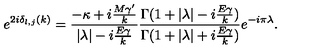
e ^ { 2 i \delta _ { l , j } ( k ) } = { \frac { - \kappa + i { \frac { M { \gamma } ^ { \prime } } { k } } } { | \lambda | - i { \frac { E \gamma } { k } } } } { \frac { \Gamma ( 1 + | \lambda | - i { \frac { E \gamma } { k } } ) } { \Gamma ( 1 + | \lambda | + i { \frac { E \gamma } { k } } ) } } e ^ { - i \pi \lambda } .